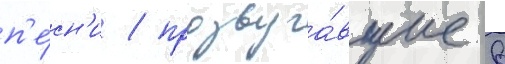
п'е́сн'и / прозвуча́вшие в